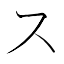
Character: ス